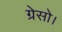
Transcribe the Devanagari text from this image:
ग्रेसो।